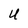
Character: U